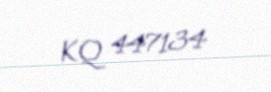
KQ 447134